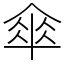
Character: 傘